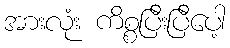
အားလုံး ကိစ္စပြီးပြီပေါ့